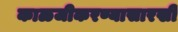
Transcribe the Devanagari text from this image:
काळजीकरण्यासारखी